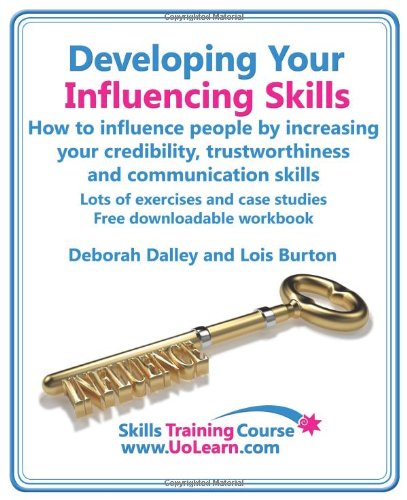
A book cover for Developing Your Influencing Skills How to Influence People by Increasing Your Credibility, Trustworthiness and Communication Skills. Lots of Exercises (Skills Training Course); Deborah Dalley; Business & Money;